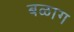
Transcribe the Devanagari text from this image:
बळाग